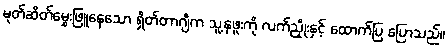
မုတ်ဆိတ်မွှေးဖြူနေသော ရှိတ်တာဂျီက သူ့နဖူးကို လက်ညှိုးနှင့် ထောက်ပြ ပြောသည်။